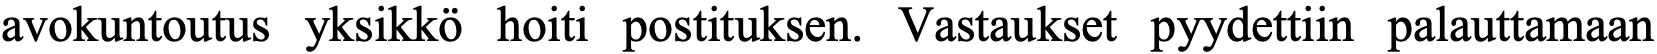
avokuntoutus yksikkö hoiti postituksen. Vastaukset pyydettiin palauttamaan